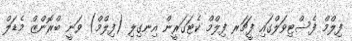
ފިލްމް ފެސްޓިވަލްގައި ފީޗަރ ފިލްމް ކެޓަގަރީން އިނގިލި (ފިލްމް) ވަނީ ބްރޮންޒް މެޑަލް